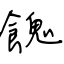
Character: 餽